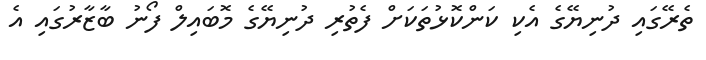
ތެރޭގައި ދުނިޔޭގެ އެކި ކަންކޮޅުތަކަށް ފެތުރި ދުނިޔޭގެ މޮބައިލް ފޯނު ބާޒާރުގައި އެ